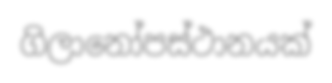
ගිලානෝපස්ථානයක්